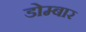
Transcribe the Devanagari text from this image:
डोम्बार